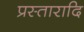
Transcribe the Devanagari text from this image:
प्रस्तारादि